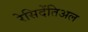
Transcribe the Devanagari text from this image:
रेसिदेंतिअल